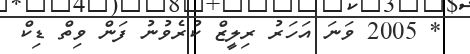
* 2005 ވަނަ އަހަރު ރިލީޒް ކުރެވުނު ފަން ވިތް ޑިކް